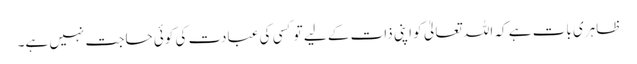
ظاہری بات ہے کہ اللہ تعالیٰ کو اپنی ذات کے لیے تو کسی کی عبادت کی کوئی حاجت نہیں ہے۔